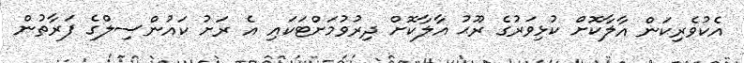
އެކުވެރިކަން އާލާކޮށް ކުޅިވަރުގެ ރޫޙު އާލާކޮށް ދިރުވުމަށްޓަކައި އެ ރަށު ކައުންސިލްގެ ފަރާތުން